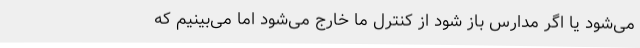
می‌شود یا اگر مدارس باز شود از کنترل ما خارج می‌شود اما می‌بینیم که